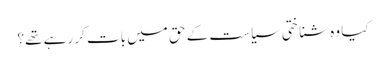
کیا وہ شناختی سیاست کے حق میں بات کر رہے تھے؟